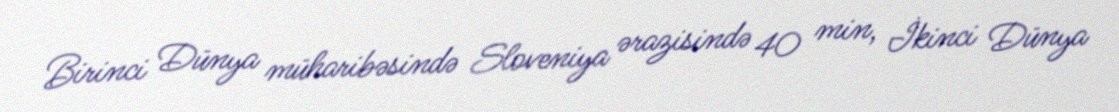
Birinci Dünya müharibəsində Sloveniya ərazisində 40 min, İkinci Dünya